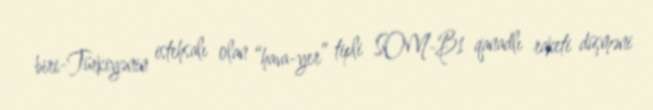
biri-Türkiyənin istehsalı olan “hava-yer” tipli SOM-B1 qanadlı raketi düşməni